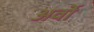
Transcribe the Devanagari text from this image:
अर्वो